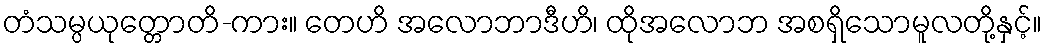
တံသမ္ပယုတ္တောတိ-ကား။ တေဟိ အလောဘာဒီဟိ၊ ထိုအလောဘ အစရှိသောမူလတို့နှင့်။